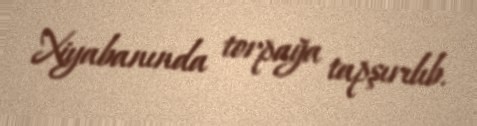
Xiyabanında torpağa tapşırılıb.